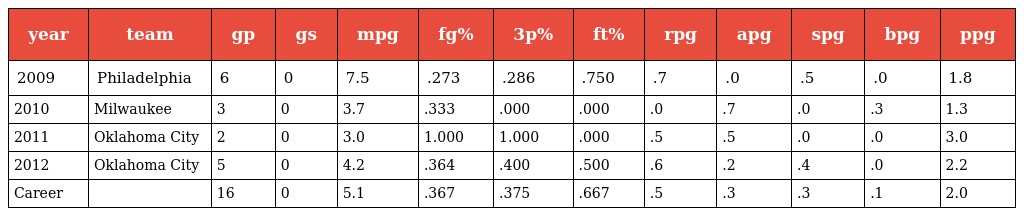
| year | team | gp | gs | mpg | fg% | 3p% | ft% | rpg | apg | spg | bpg | ppg |
 | --- | --- | --- | --- | --- | --- | --- | --- | --- | --- | --- | --- | --- |
 | 2009 | Philadelphia | 6 | 0 | 7.5 | .273 | .286 | .750 | .7 | .0 | .5 | .0 | 1.8 |
 | 2010 | Milwaukee | 3 | 0 | 3.7 | .333 | .000 | .000 | .0 | .7 | .0 | .3 | 1.3 |
 | 2011 | Oklahoma City | 2 | 0 | 3.0 | 1.000 | 1.000 | .000 | .5 | .5 | .0 | .0 | 3.0 |
 | 2012 | Oklahoma City | 5 | 0 | 4.2 | .364 | .400 | .500 | .6 | .2 | .4 | .0 | 2.2 |
 | Career |  | 16 | 0 | 5.1 | .367 | .375 | .667 | .5 | .3 | .3 | .1 | 2.0 |